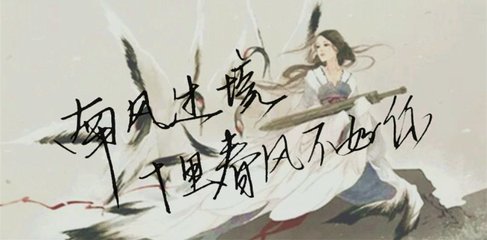
春风十里扬州路，卷上珠帘总不如。